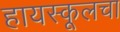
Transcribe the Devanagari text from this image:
हायस्कूलचा